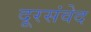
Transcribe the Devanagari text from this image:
दूरसंवेद